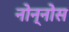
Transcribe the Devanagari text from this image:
नोन्नोस